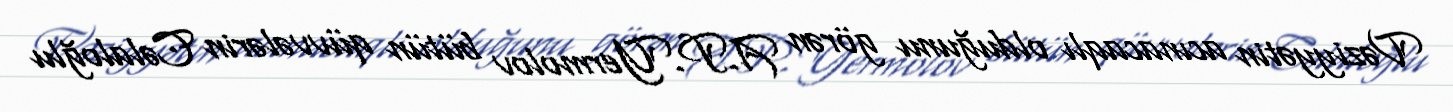
Vəziyyətin acınacaqlı olduğunu görən A.P.Yermolov bütün qüvvələrin Cəlaloğlu